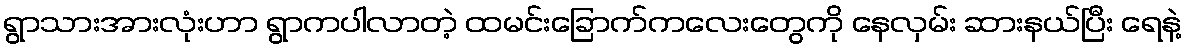
ရွာသားအားလုံးဟာ ရွာကပါလာတဲ့ ထမင်းခြောက်ကလေးတွေကို နေလှမ်း ဆားနယ်ပြီး ရေနဲ့